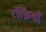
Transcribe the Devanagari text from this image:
टॉफ़ियाँ